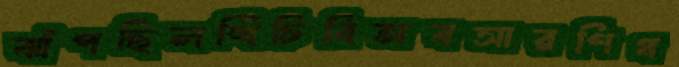
ঝাঁপছিলখিঁচিবিঅবসারণিধ